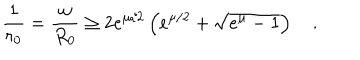
\frac { 1 } { r _ { 0 } } = \frac { w } { R _ { 0 } } \geq 2 e ^ { \mu / 2 } \left( e ^ { \mu / 2 } + \sqrt { e ^ { \mu } - 1 } \right) \quad .